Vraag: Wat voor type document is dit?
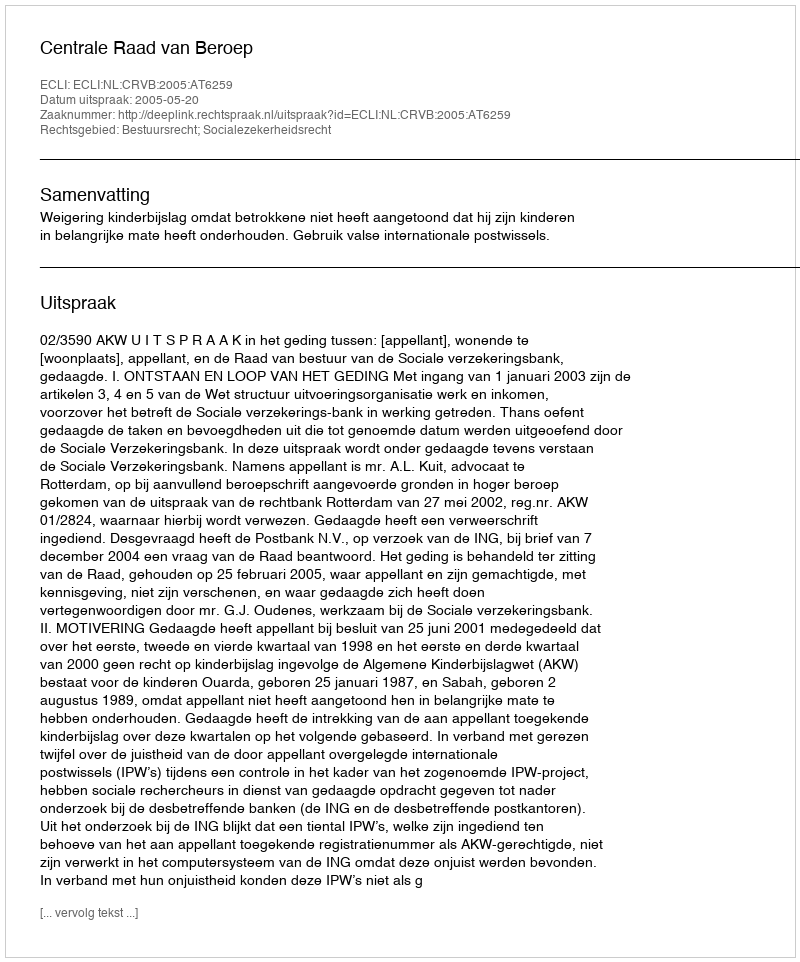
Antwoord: Uitspraak